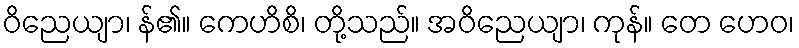
ဝိညေယျာ၊ န်၏။ ကေဟိစိ၊ တို့သည်။ အဝိညေယျာ၊ ကုန်။ တေ ဟေဝ၊